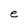
Character: e